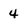
Character: 4